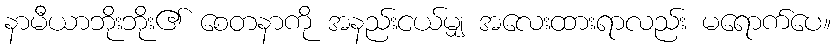
နာမီယာဘိုးဘိုး၏ စေတနာကို အနည်းငယ်မျှ အလေးထားရာလည်း မရောက်ပေ။